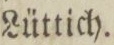
Lüttich.